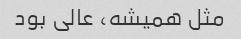
مثل همیشه، عالی بود